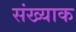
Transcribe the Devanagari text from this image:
संख्याक